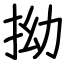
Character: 拗